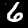
Label: 6